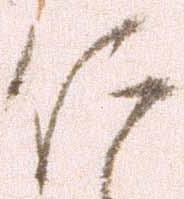
仁